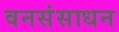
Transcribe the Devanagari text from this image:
वनसंसाधन